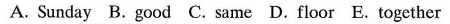
A. Sunday B.Good C. Same D. Floor E. Together